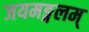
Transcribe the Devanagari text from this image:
जयमङ्गलम्‌